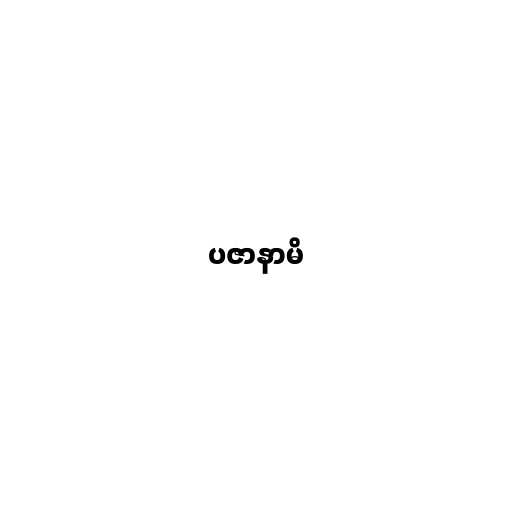
ပဇာနာမိ